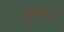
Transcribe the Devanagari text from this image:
डुरक्या